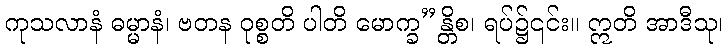
ကုသလာနံ ဓမ္မာနံ၊ ဗတန ဝုစ္စတိ ပါတိ မောက္ခ”န္တိစ၊ ရပ်၌၎င်း။ ဣတိ အာဒီသု၊